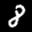
Label: 8